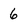
Character: 6